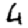
Digit: 4